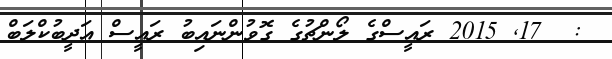
:  17